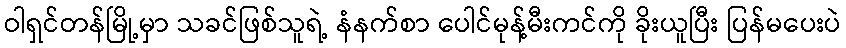
ဝါရှင်တန်မြို့မှာ သခင်ဖြစ်သူရဲ့ နံနက်စာ ပေါင်မုန့်မီးကင်ကို ခိုးယူပြီး ပြန်မပေးပဲ